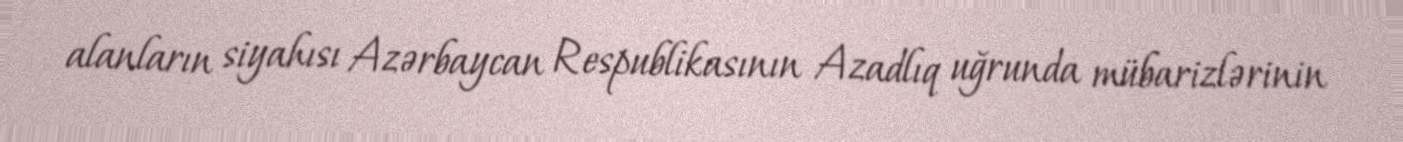
alanların siyahısı Azərbaycan Respublikasının Azadlıq uğrunda mübarizlərinin